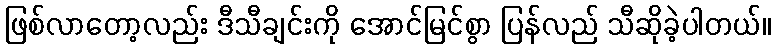
ဖြစ်လာတော့လည်း ဒီသီချင်းကို အောင်မြင်စွာ ပြန်လည် သီဆိုခဲ့ပါတယ်။